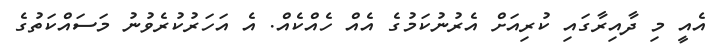
އެއީ މި ދާއިރާގައި ކުރިއަށް އެރުނުކަމުގެ އެއް ހެއްކެއް. އެ އަހަރުކުރެވުނު މަސައްކަތުގެ